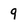
Character: 9